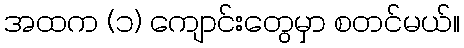
အထက (၁) ကျောင်းတွေမှာ စတင်မယ်။